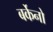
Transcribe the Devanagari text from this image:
बर्केनो